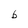
Character: b